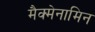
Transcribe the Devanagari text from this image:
मैक्मेनामिन